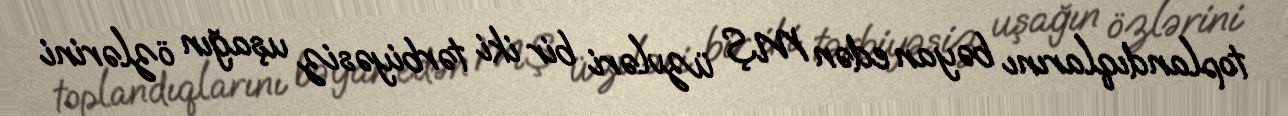
toplandıqlarını bəyan edən MŞ üzvləri bir iki tərbiyəsiz uşağın özlərini